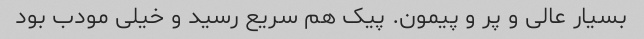
بسیار عالی و پر و پیمون. پیک هم سریع رسید و خیلی مودب بود